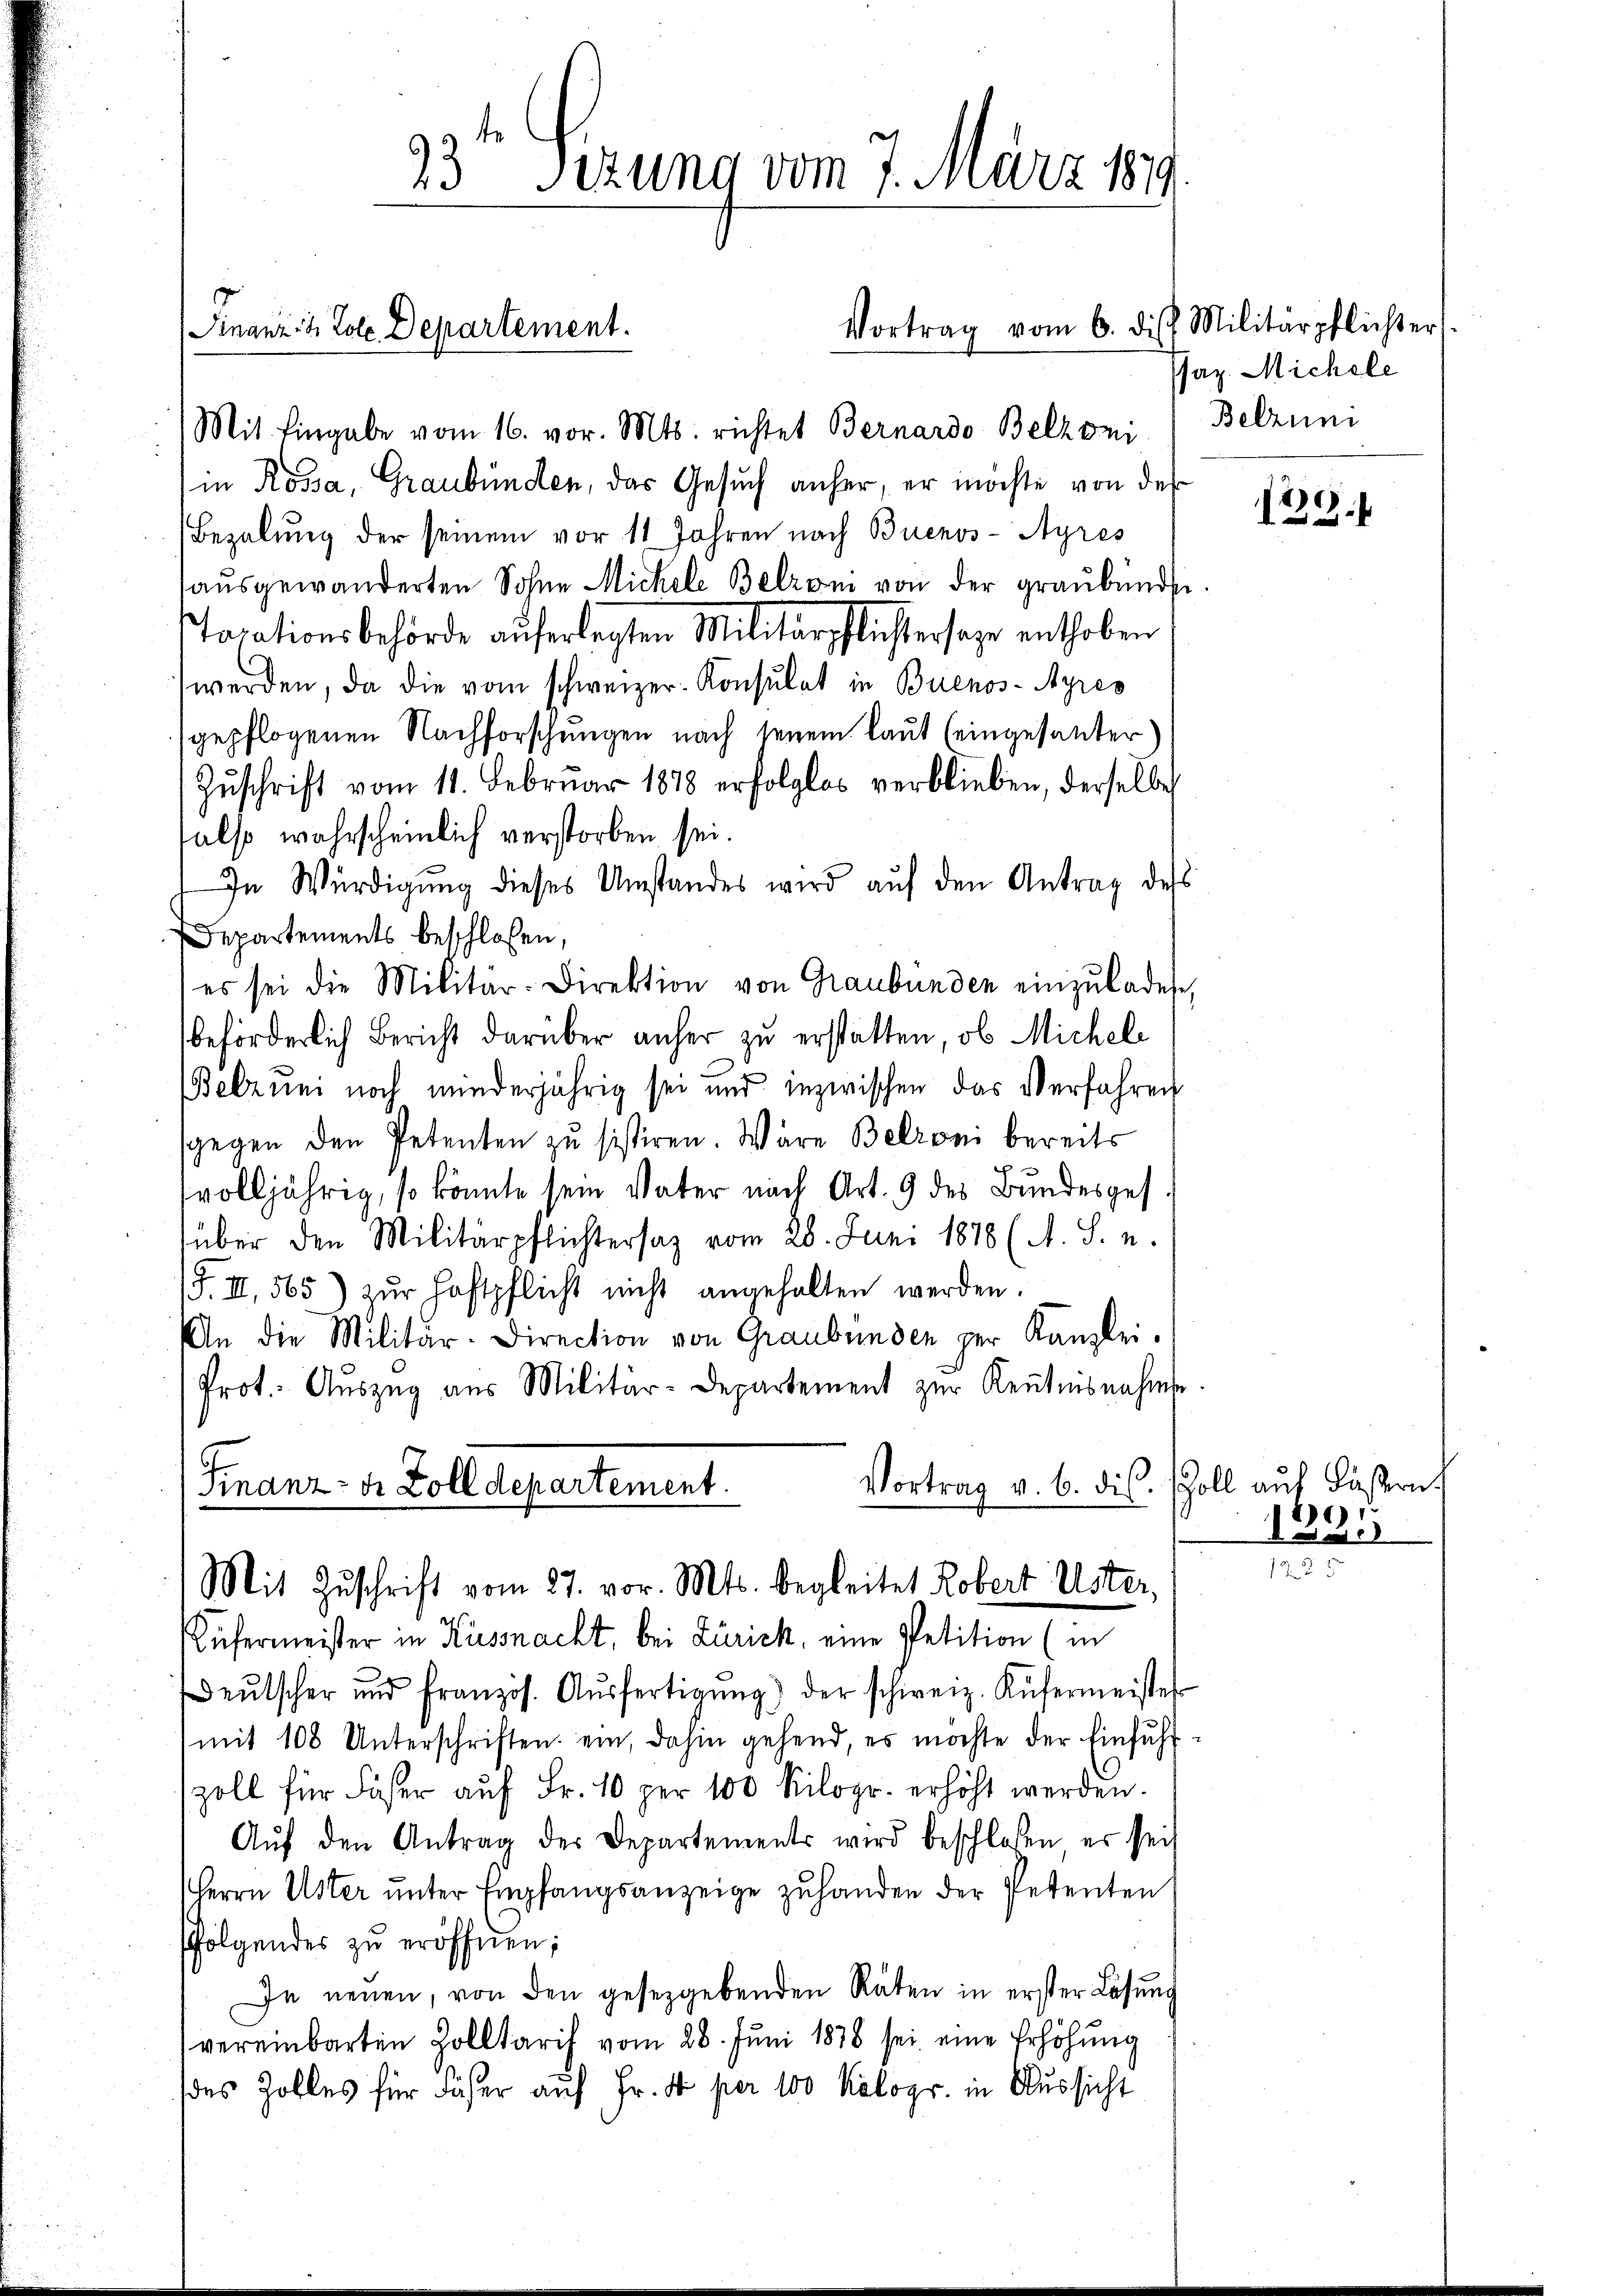
Finanz- & Pole. Departement.

Vortrag vom 6. die Militärpflichter

Mit Eingabe vom 16. vor. Mts. richtet Bernardo Belzoni
in Rossa, Graubünden, das Gesuch anher, er möchte von der
Bezalung der seinem vor 11 Jahren nach Buenos-Ayres
aŭsgewanderten Sohne Michele Belzen von der graubünde
STarationsbehörde auferlegten Militärpflichtersage enthoben
werden, da die vom schweizer. Konsulat in Buenos-Ayres
gepflogenen Nachforschungen nach jenem Laut (eingesanter
Zŭschrift vom 11. Februar 1878 erfolglos verblieben, derselbe
also wahrscheinlich verstorben sei.
In Würdigŭng dieses Umstandes wird aŭf den Antrag des
Departements beschloßen,
es sei die Militär-Direktion von Graubünden einzŭladete,
beförderlich Bericht darüber anher zu erstatten, ob Michel
Belzum noch minderjährig sei und inzwischen das Verfahren
sgegen den Petenten zu sistiren. Wäre Betroni bereits
svolljährig, so könnte sein Vater nach Art. 9 des Bundesges.
über den Militärpflichtersaz vom 28. Juni 1878 (A. S. u.
(F. II, 565) zŭr Haftpflicht nicht angehalten werden.
An die Militär-Direction von Graubünden per Kanzlei-
Prot. Aŭszŭg aŭs Militär-Departement zŭr Kenntnisnahme.
Vortrag v. 6. dis
Finanz- dr Zolldepartement.
Mit Zuschrift vom 27. vor. Mts. begleitet Robert Uster,
Küfermeister in Küssnacht, bei Zürich, eine Petition (in
deŭtscher und französ. Aŭsfertigŭng der schweiz. Kŭfermeister
mit 108 Unterschriften ein, dahin gehend es möchte der Einfuhr-
zoll für Fäser auf Fr. 10 per 100 Kilogr. erhöht werden.
Aŭf den Antrag des Departements wird beschlossen, es sei
Herrn Uster unter Empfangsanzeige zuhanden der Petenten
sfolgendes zu eröffnen;
In neuen, von den gesetzgebenden Räten in erster Lösung
vereinbarten Zolltarif vom 28. Jŭni 1878 sei eine Erhöhung
des Zolles für Fäser auf Fr. 5 per 100 Kilogr. in Aussicht

23t Setzung vom 7. März 1879.

Jaz. Michele
Belzung

)
122

Zoll auf Fasern.
6
I a